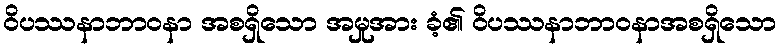
ဝိပဿနာဘာဝနာ အစရှိသော အမှုအား ခံ့၏ ဝိပဿနာဘာဝနာအစရှိသော